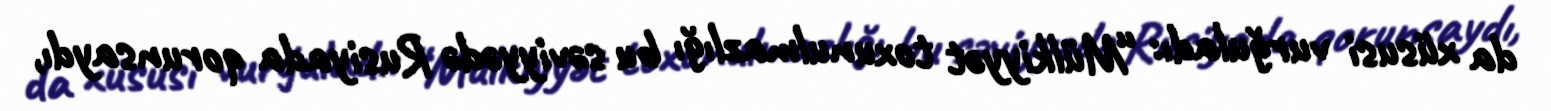
da xüsusi vurğuladı: “Mülkiyyət toxunulmazlığı bu səviyyədə Rusiyada qorunsaydı,